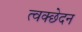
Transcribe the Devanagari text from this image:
त्वक्छेदन